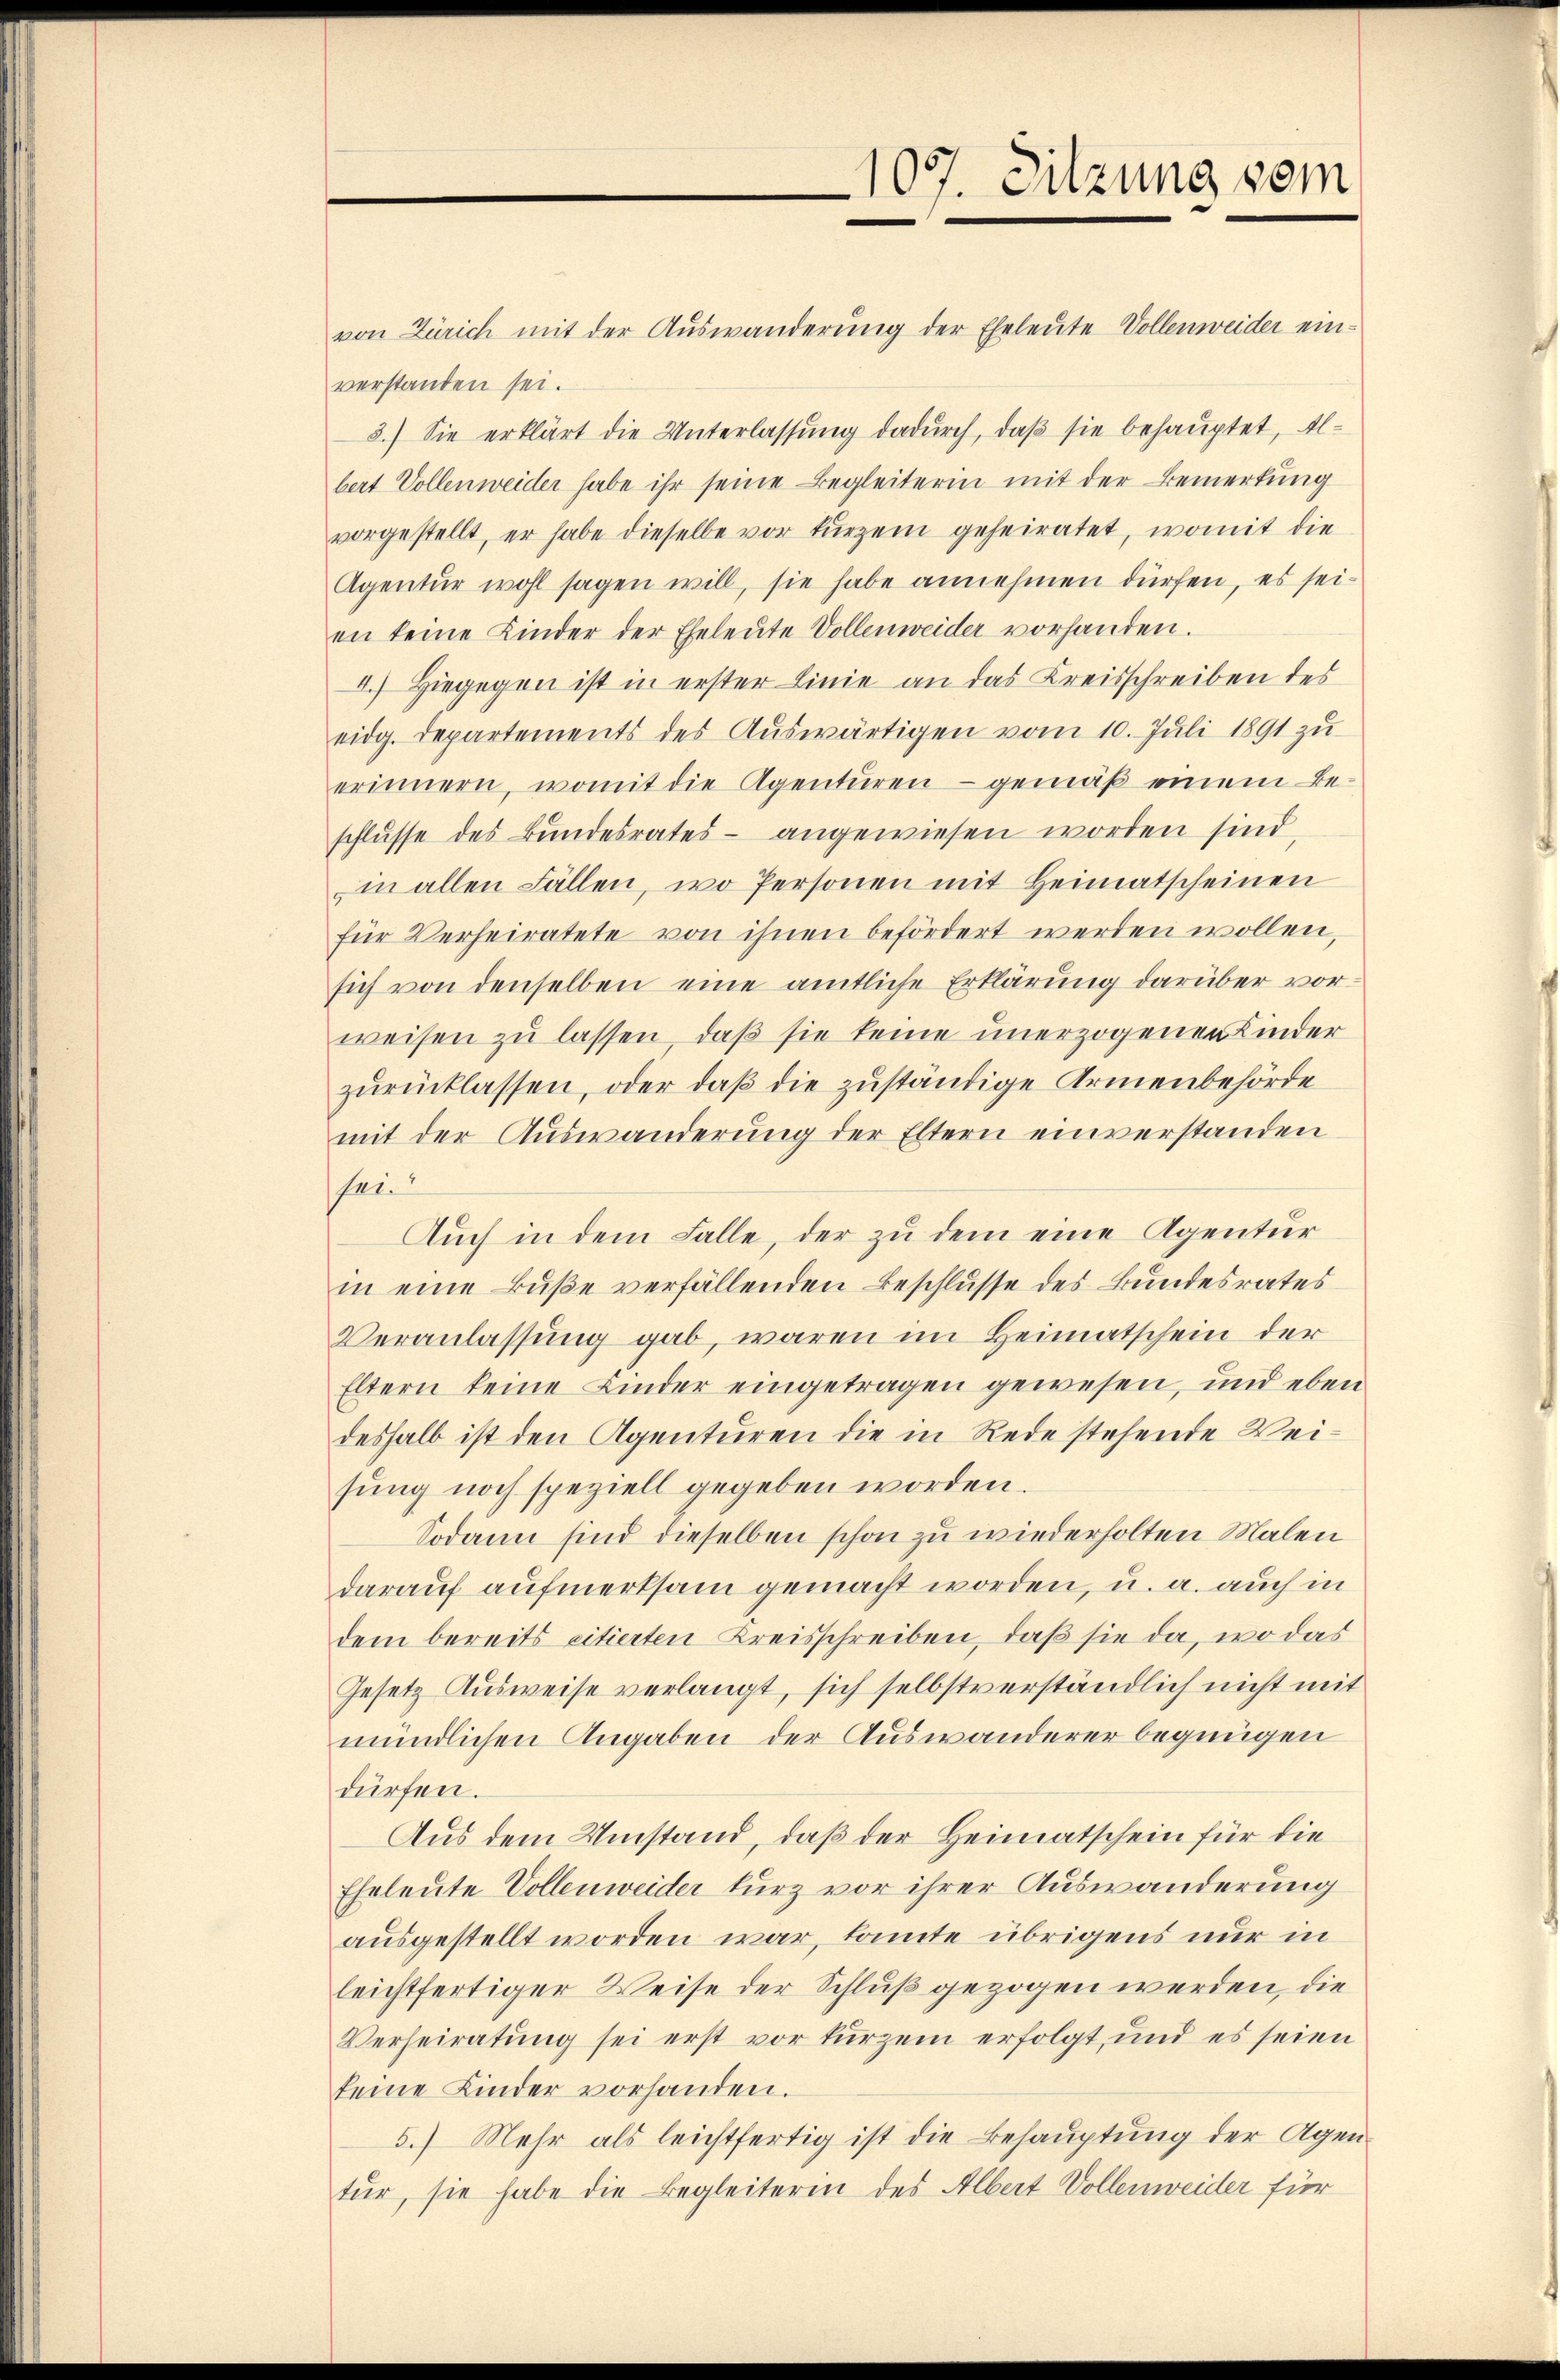
von Zürich mit der Auswanderung der Eheleute Vollenweider ein-
verstanden sei.
3.) Sie erklärt die Unterlassŭng dadurch, daβ sie behauptet, Albert Vollenweider habe ihr seine Begleiterin mit der Bemerkung
vorgestellt, er habe dieselbe vor kurzem geheiratet, womit die
Agentur wohl sagen will, sie habe annehmen dürfen, es seien keine Kinder der Eheleute Vollenweider vorhanden.
I.) Hiegegen ist in erster Linie an das Kreisschreiben des
eidg. Departements des Auswärtigen vom 10. Juli 1891 zu
erinnern, womit die Agentüren - gemäß einem Beschlusse des Bundesrates - angewiesen worden sind,
in allen Fällen, wo Personen mit Heimatscheinen
für Verheiratete von ihnen befördert werden wollen,
sich von denselben eine amtliche Erklärung darüber vorweisen zu lassen, daß sie keine unerzogener Kinder
zŭrücklassen, oder daß die zuständige Armenbehörde
mit der Auswanderung der Eltern einverstanden
sei?
Auch in dem Falle, der zu dem eine Agentur
in eine Buße verfällenden Beschlusse des Bundesrates
Veranlassung gab, waren im Heimatschein der
Eltern keine Kinder eingetragen gewesen, und eben
deshalb ist den Agenturen die in Rede stehende Weisung noch speziell gegeben worden.
Sodann sind dieselben schon zu wiederholten Malen
darauf aufmerksam gemacht worden, u. a. auch in
dem bereits citierten Kreisschreiben, daß sie da, wo das
Gesetz Ausweise verlangt, sich selbstverständlich nicht mit
mündlichen Angaben der Auswanderer begnügen
dürfen.
Aus dem Umstand, daß der Heimatschein für die
Eheleute Vollenweider kurz vor ihrer Auswanderung
ausgestellt worden war, kante übrigens nur in
leichtfertiger Weise der Schluß gezogen werden, die
Verheiratung sei erst vor kurzem erfolgt, und es seien
keine Kinder vorhanden.
5.) Mehr als leichtfertig ist die Behauptung der Agen
tur, sie habe die Begleiteren des Albert Vollenweider für

107. Sitzung vom